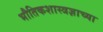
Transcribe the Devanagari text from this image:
भौतिकशास्त्रज्ञाच्या